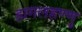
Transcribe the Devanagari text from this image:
हागलहण्णु